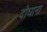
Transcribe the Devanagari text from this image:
दोघाना